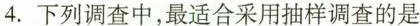
4.下列调查中，最适合采用抽样调查的是